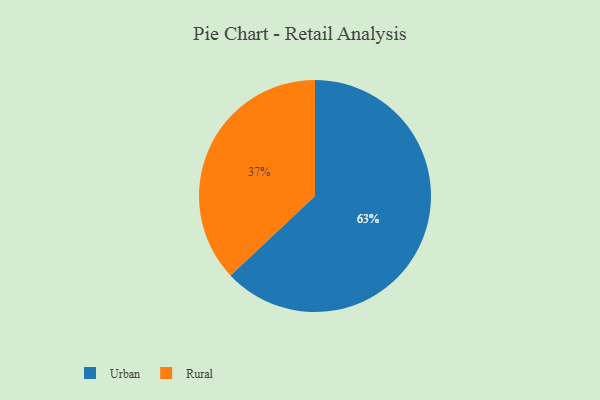
{"axis": {"x": "Category", "y": "Percentage"}, "legend": ["Rural", "Urban"], "data": [{"x": "Rural", "y": 37, "type": "Rural"}, {"x": "Urban", "y": 63, "type": "Urban"}]}